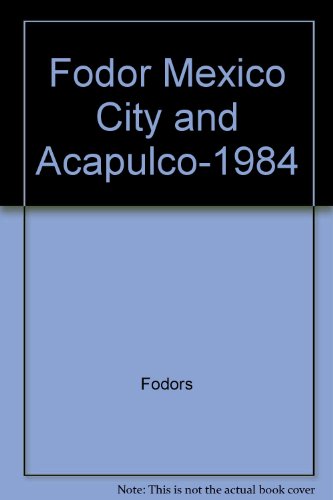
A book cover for Fodor Mexico City and Acapulco-1984; Fodors; Travel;